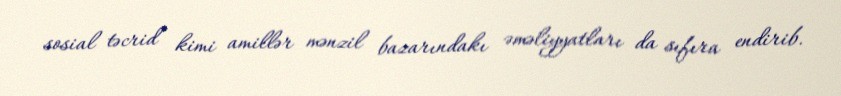
sosial təcrid kimi amillər mənzil bazarındakı əməliyyatları da sıfıra endirib.